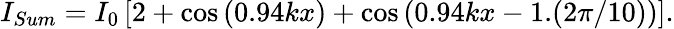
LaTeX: I_{Sum}=I_{0}\left[2+\cos\left(0.94kx\right)+\cos\left(0.94kx-1.(2\pi/10)\right)\right].